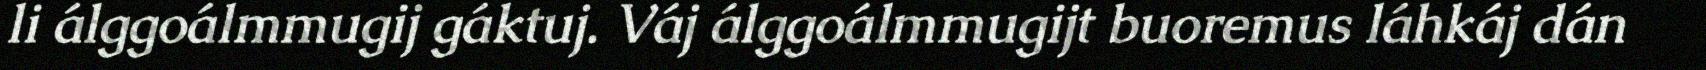
li álggoálmmugij gáktuj. Váj álggoálmmugijt buoremus láhkáj dán